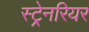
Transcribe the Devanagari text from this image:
स्ट्रेनरियर